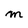
Character: m